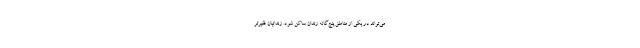
می‌تواند در یکی از مناطق پنج‌گانه زندان ساکن شود. زندانیان فقیرتر